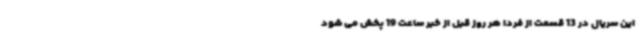
این سریال در 13 قسمت از فردا هر روز قبل از خبر ساعت 19 پخش می شود